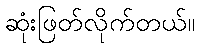
ဆုံးဖြတ်လိုက်တယ်။